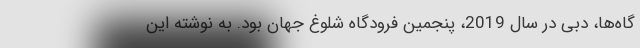
گاه‌ها، دبی در سال 2019، پنجمین فرودگاه شلوغ جهان بود. به نوشته این